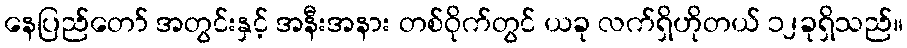
နေပြည်တော် အတွင်းနှင့် အနီးအနား တစ်ဝိုက်တွင် ယခု လက်ရှိဟိုတယ် ၁၂ခုရှိသည်။